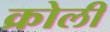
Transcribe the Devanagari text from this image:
क्रोली